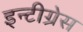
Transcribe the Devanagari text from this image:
इन्टीग्रेस